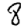
Digit: 8